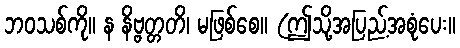
ဘဝသစ်ကို။ န နိဗ္ဗတ္တတိ၊ မဖြစ်စေ။ (ဤသို့အပြည့်အစုံပေး။